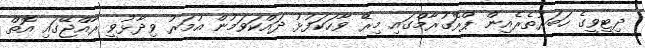
ދިޓީވީގެ ހަބަރުތެރެއިން ޕްރޮގުރާމްގައި މިރޭ ވާހަކަފުޅު ދައްކަވަމުން އުމަރު ވިދާޅުވީ ރާއްޖޭގައި އޮތް